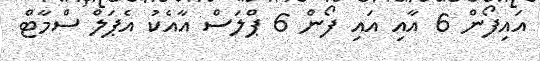
އައިފޯން 6 އާއި އައި ފޯން 6 ޕްލަސް އާއެކު އެޕަލް ސްމާޓް